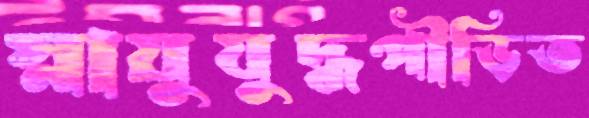
স্নায়ুযুদ্ধপীড়িত